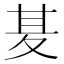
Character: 𭐢